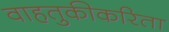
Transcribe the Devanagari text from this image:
वाहतुकीकरिता